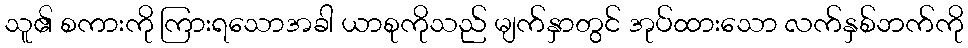
သူ၏ စကားကို ကြားရသောအခါ ယာစုကိုသည် မျက်နှာတွင် အုပ်ထားသော လက်နှစ်ဘက်ကို